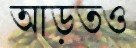
আড়তও